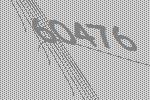
60476